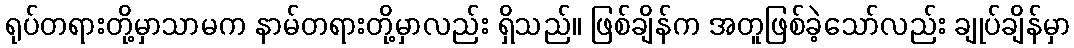
ရုပ်တရားတို့မှာသာမက နာမ်တရားတို့မှာလည်း ရှိသည်။ ဖြစ်ချိန်က အတူဖြစ်ခဲ့သော်လည်း ချုပ်ချိန်မှာ